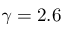
\gamma = 2 . 6